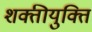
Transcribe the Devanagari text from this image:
शक्तीयुक्ति